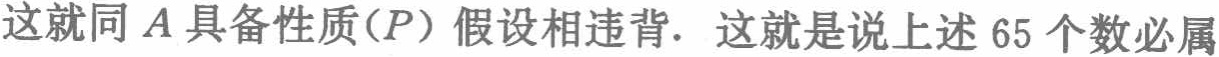
这就同\(A\)具备性质\((P)\)假设相违背. 这就是说上述\(65\)个数必属